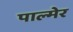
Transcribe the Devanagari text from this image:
पाल्मेर